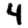
Digit: 4